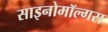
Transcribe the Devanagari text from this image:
साइनोमॉल्गस